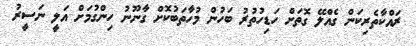
ރައްކާތެރިކަން ގެއްލޭ ގޮތަށް ހަޑިހުތުރު ބަހުން މުހާތަބުކޮށް ގާނޫނު ހިންގުމަށް އަލީ ނަސީރު